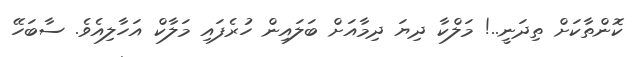
ކޮންތާކަށް ތިދަނީ..! މަލްކާ ދިޔަ ދިމާއަށް ބަލައިން ހުރެފައި މަލާކް އަހާލިއެވެ. ސާބަހޭ